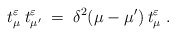
\begin{align*}t^\varepsilon_\mu \:t^\varepsilon_{\mu'} \;=\; \delta^2(\mu-\mu')\: t^\varepsilon_\mu\;. \end{align*}